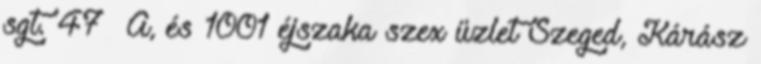
sgt. 47 A, és 1001 éjszaka szex üzlet Szeged, Kárász